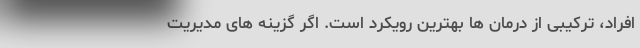
افراد، ترکیبی از درمان ها بهترین رویکرد است. اگر گزینه های مدیریت